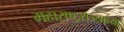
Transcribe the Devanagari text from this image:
महाराष्ट्रराज्याच्या